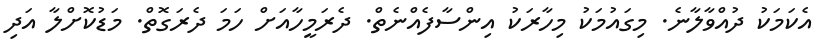
އެކަމަކު ދުއްވާލާނެ. މިގައުމަކު މިހާރަކު އިންސާފެއްނެތް. ދެރަމީހާއަށް ހަމަ ދެރަގޮތް. މަޑުކޮށްލާ އަދި